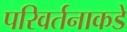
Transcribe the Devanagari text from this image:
परिवर्तनाकडे